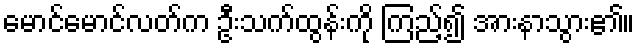
မောင်မောင်လတ်က ဦးသက်ထွန်းကို ကြည့်၍ အားနာသွား၏။